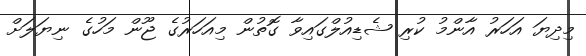
މިދިޔަ އަހަރު އާންމު ކުރި ޝެޑިއުލްގައިވާ ގޮތުން މިއަހަރުގެ ޖޫން މަހުގެ ނިޔަލަށް